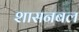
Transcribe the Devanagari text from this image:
शासनबल